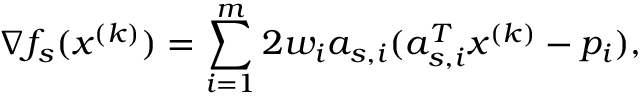
\nabla f _ { s } ( x ^ { ( k ) } ) = \sum _ { i = 1 } ^ { m } 2 w _ { i } a _ { s , i } ( a _ { s , i } ^ { T } x ^ { ( k ) } - p _ { i } ) ,